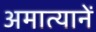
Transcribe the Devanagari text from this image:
अमात्यानें